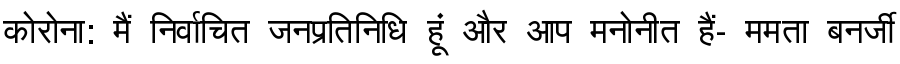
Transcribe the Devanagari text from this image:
कोरोना: मैं निर्वाचित जनप्रतिनिधि हूं और आप मनोनीत हैं- ममता बनर्जी